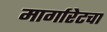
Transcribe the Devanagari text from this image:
मार्गारेटचा